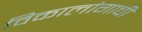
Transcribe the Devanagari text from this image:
विकालांगाची